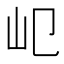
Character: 𡴱